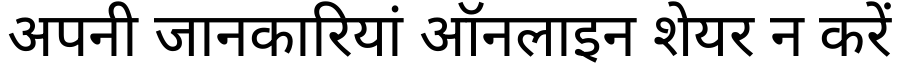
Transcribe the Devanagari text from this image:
अपनी जानकारियां ऑनलाइन शेयर न करें